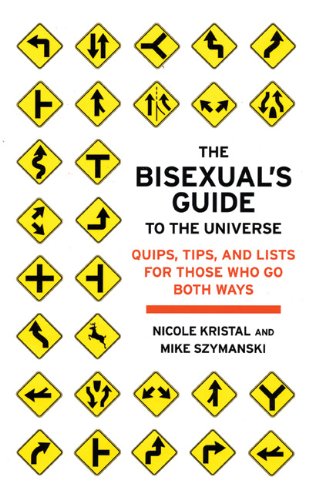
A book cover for The Bisexual's Guide to the Universe: Quips, Tips, and Lists for Those Who Go Both Ways; Nicole Kristal; Gay & Lesbian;